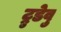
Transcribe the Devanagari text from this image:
ट्रुडेवु